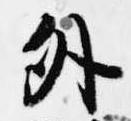
外